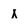
Character: x